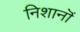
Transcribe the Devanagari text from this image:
निशानॊं